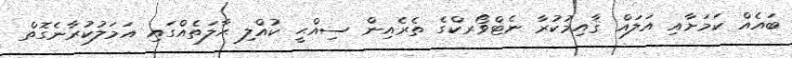
ބައެއް ކަމަށާއި އަލައް ޤާއިމުކުރާ ނެޓްވޯރކްގެ ތެރެއިން ސިއްޙީ ކުއްލި ޙާލަތެއްގައި އަމަލުކުރާނެގޮތް